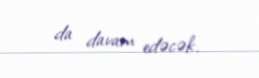
da davam edəcək.